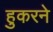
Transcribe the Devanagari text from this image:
हुकरने